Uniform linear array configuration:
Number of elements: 4
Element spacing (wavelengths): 0.5
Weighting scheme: kaiser
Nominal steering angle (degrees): -45
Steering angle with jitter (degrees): -45.011
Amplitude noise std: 0.05
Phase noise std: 0.05

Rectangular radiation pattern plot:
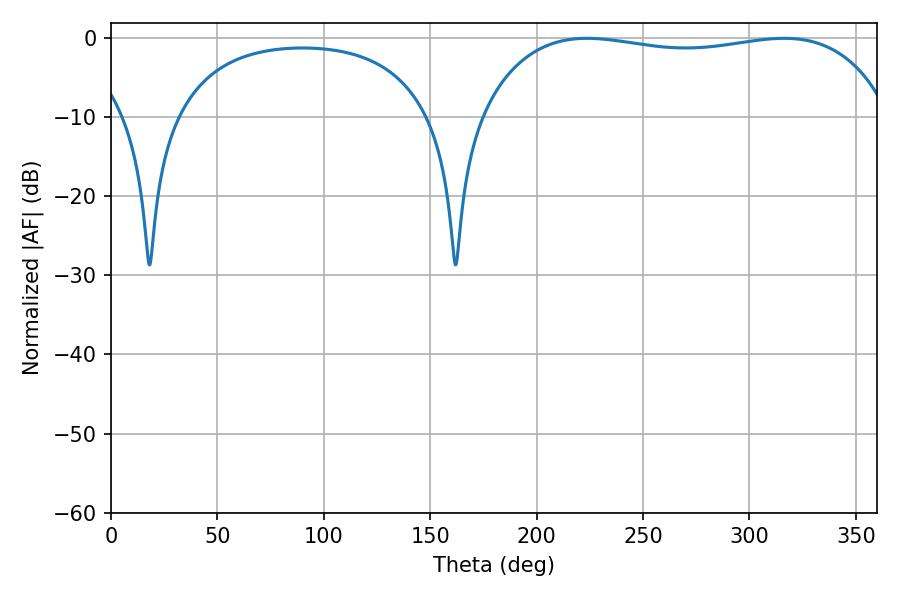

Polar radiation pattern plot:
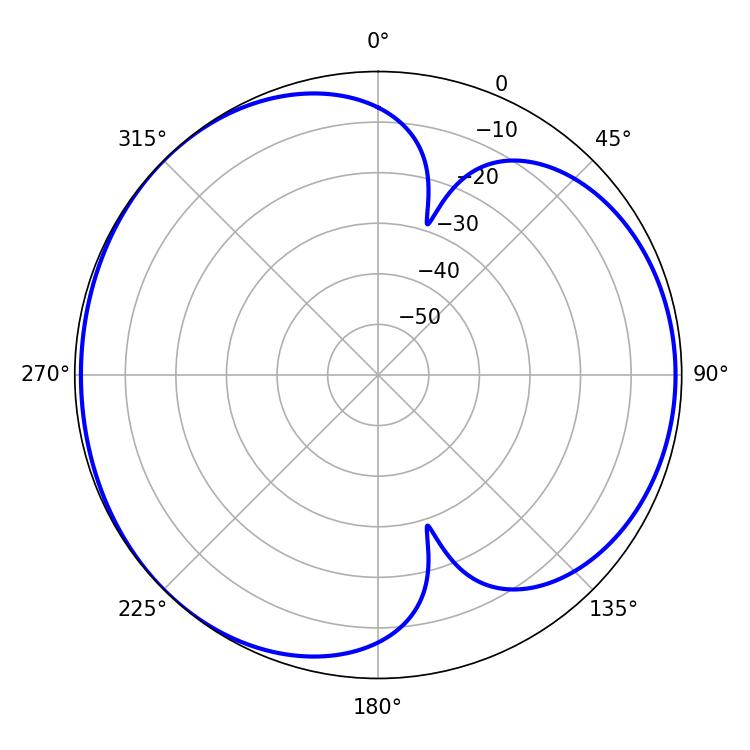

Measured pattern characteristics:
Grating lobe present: FALSE
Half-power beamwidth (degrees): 155.16
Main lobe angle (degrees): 223.74